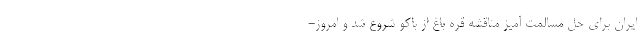
ایران برای حل مسالمت آمیز مناقشه قره باغ از باکو شروع شد و امروز-